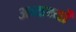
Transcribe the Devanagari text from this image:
अब्यर्थ्यों